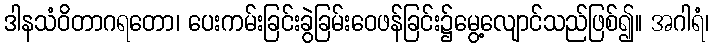
ဒါနသံဝိတာဂရတော၊ ပေးကမ်းခြင်းခွဲခြမ်းဝေဖန်ခြင်း၌မွေ့လျောင်သည်ဖြစ်၍။ အဂါရံ၊